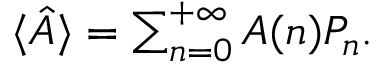
\begin{array} { r } { \langle \hat { A } \rangle = \sum _ { n = 0 } ^ { + \infty } A ( n ) P _ { n } . } \end{array}